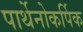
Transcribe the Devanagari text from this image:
पार्थेनोकर्पिक